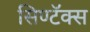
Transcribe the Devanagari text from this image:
सिण्टॅक्स